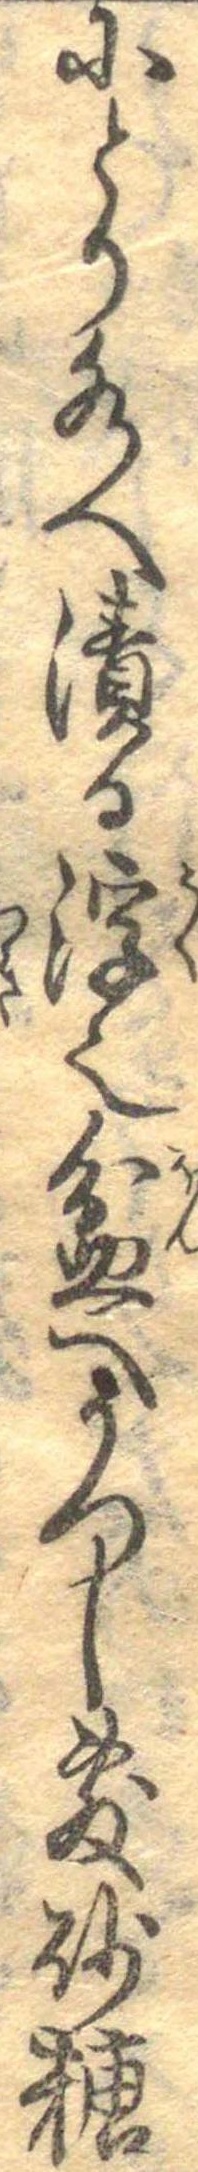
にとり水へ漬る浮也盆へうつし敷砂糖